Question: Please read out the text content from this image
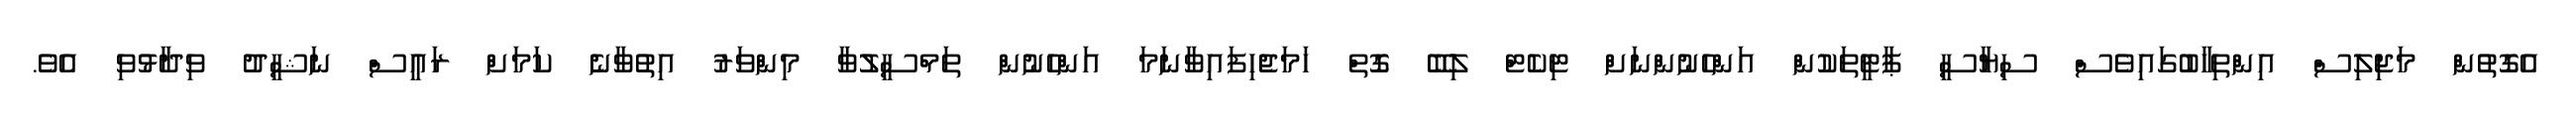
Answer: އެގޮތުން މަޖިލިސް އިންތިހާބުގައިވެސް ސިޔާސީ ޕާޓީތަކުން އަންހެނުންނަށް ޓިކެޓް ލިބޭ ގޮތް ހަމަޖެހިފައިވާނަމަ އަންހެނުން ތަމްސީލުވާ މިންވަރު އިތުވާނެ ކަމަށް ރައީސް ނަޝީދު ވިދާޅުވި އެވެ.